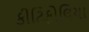
કીટિફોલિયા